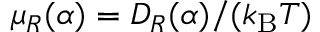
\mu _ { R } ( \alpha ) = D _ { R } ( \alpha ) / ( k _ { \mathrm { B } } T )